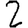
Digit: 2